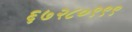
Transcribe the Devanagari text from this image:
६७२८०९९९